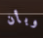
وبأن